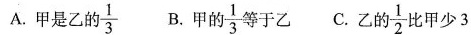
A.甲是乙的\frac{1}{3} B.甲的\frac{1}{3}等于乙 C.乙的\frac{1}{2}比甲少3